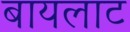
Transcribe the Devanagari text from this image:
बायलाट